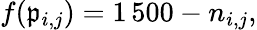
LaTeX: f(\mathfrak{p}_{i,j})=1\, 500-n_{i,j},